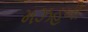
મઝહબી